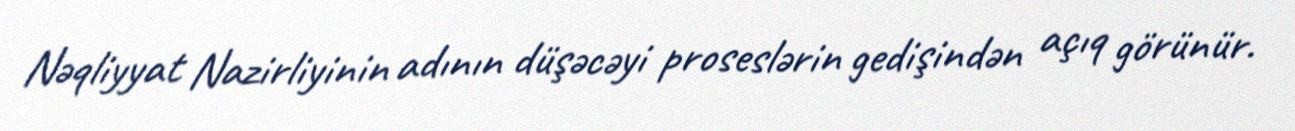
Nəqliyyat Nazirliyinin adının düşəcəyi proseslərin gedişindən açıq görünür.